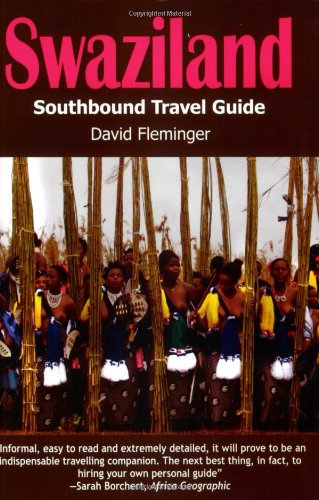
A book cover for Swaziland: A Southbound Pocket Guide (Southbound Travel Guides); David Fleminger; Travel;